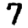
Digit: 7